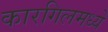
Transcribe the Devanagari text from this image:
कारगिलमध्ये